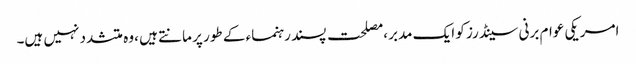
امریکی عوام برنی سینڈرز کو ایک مدبر ،مصلحت پسند رہنماء کے طور پر مانتے ہیں ،وہ متشدد نہیں ہیں۔